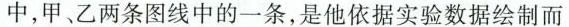
中，甲、乙两条图线中的一条，是他依据实验数据绘制而